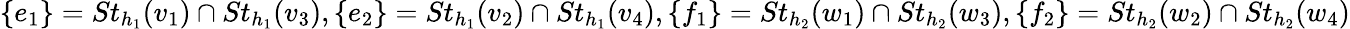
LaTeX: \{ e_{1}\} =St_{h_{1}}(v_{1})\cap St_{h_{1}}(v_{3}),\{ e_{2}\} =St_{h_{1}}(v_{2})\cap St_{h_{1}}(v_{4}),\{ f_{1}\} =St_{h_{2}}(w_{1})\cap St_{h_{2}}(w_{3}),\{ f_{2}\} =St_{h_{2}}(w_{2})\cap St_{h_{2}}(w_{4})